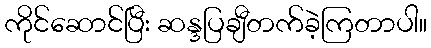
ကိုင်ဆောင်ပြီး ဆန္ဒပြချီတက်ခဲ့ကြတာပါ။